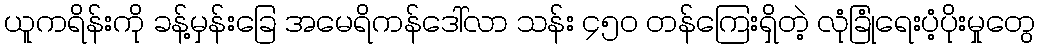
ယူကရိန်းကို ခန့်မှန်းခြေ အမေရိကန်ဒေါ်လာ သန်း ၄၅၀ တန်ကြေးရှိတဲ့ လုံခြုံရေးပံ့ပိုးမှုတွေ